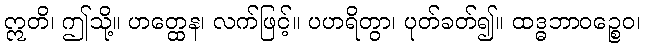
ဣတိ၊ ဤသို့။ ဟတ္ထေန၊ လက်ဖြင့်။ ပဟရိတွာ၊ ပုတ်ခတ်၍။ ထဒ္ဓဘာဝဉ္စေဝ၊